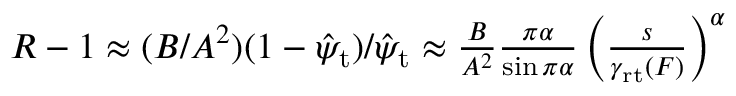
\begin{array} { r } { R - 1 \approx ( B / A ^ { 2 } ) ( 1 - \hat { \psi } _ { \mathrm { t } } ) / \hat { \psi } _ { \mathrm { t } } \approx \frac { B } { A ^ { 2 } } \frac { \pi \alpha } { \sin \pi \alpha } \left( \frac { s } { \gamma _ { \mathrm { r t } } ( F ) } \right) ^ { \alpha } } \end{array}